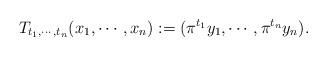
LaTeX: \begin{align*}T_{t_1, \cdots, t_n}(x_1, \cdots, x_n):=(\pi^{t_1}y_1, \cdots, \pi^{t_n}y_n).\end{align*}